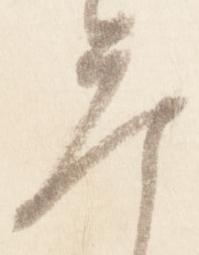
参